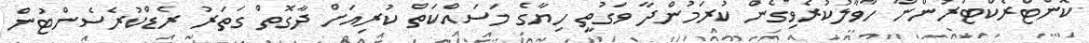
ކޮންޓްރެކްޓަރުންނާ ހާވާލުކުރެވިގެން ކުރަމުންދާ ވަގުތީ ހިޔާގެ މަސައްކަތް ކުރިއަށް ދާގޮތް ގަތަރު ރެޑްކުރެސެންޓުން